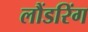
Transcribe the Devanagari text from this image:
लौंडरिंग